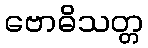
ဗောဓိသတ္တ